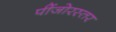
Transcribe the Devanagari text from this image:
पींजोरस्तर